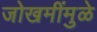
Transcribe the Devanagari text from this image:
जोखमींमुळे